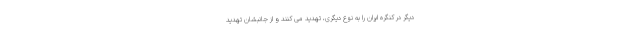
دیگر در کنگره ایران را به نوع دیگری، تهدید می کنند و از جانبشان تهدید